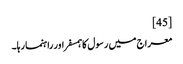
[45]
معراج میں رسول کا ہمسفر اور راہنما رہا۔